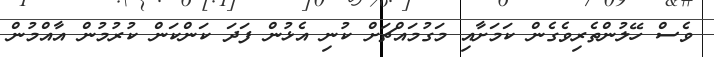
ވެސް ހޭލުންތެރިވެގެން ކަމަށާއި މަގުމައްޗަށް ކުނި އެޅުން ފަދަ ކަންކަން ކުރުމުން އާއްމުން